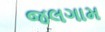
જલગામ